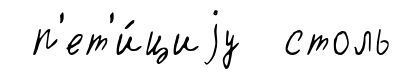
п'ет'и́циjу столь